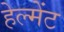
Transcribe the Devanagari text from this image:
हेल्मेंट